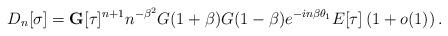
LaTeX: \begin{align*}D_{n}[\sigma]=\mathbf{G}[\tau]^{n+1}n^{-\beta^{2}}G(1+\beta)G(1-\beta)e^{-in\beta\theta_{1}}E[\tau]\left( 1+o(1) \right). \end{align*}